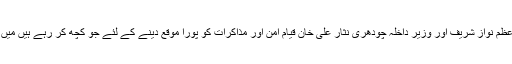
انہوں نے کہا کہ ’’وزیراعظم نواز شریف اور وزیرِ داخلہ چودھری نثار علی خان قیامِ امن اور مذاکرات کو پورا موقع دینے کے لئے جو کچھ کر رہے ہیں مَیں اُس کی حمایت کرتا ہُوں۔